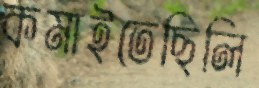
কমাইতেছিলি